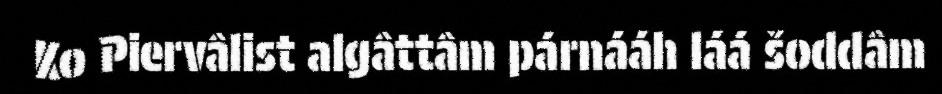
Ko Piervâlist algâttâm párnááh láá šoddâm